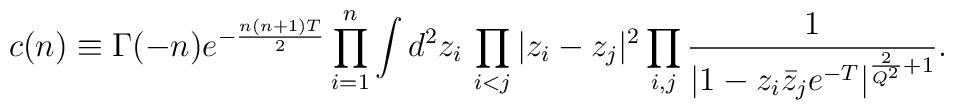
\hskip-20mm c(n)\equiv \Gamma(-n)e^{-{n(n+1)T\over 2}}\prod_{i=1}^{n}\int d^2z_i\, \prod_{i<j}|z_i-z_j|^2\prod_{i,j}{1\over |1-z_i\bar{z}_je^{-T}|^{{2 \over Q^2}+1}}.